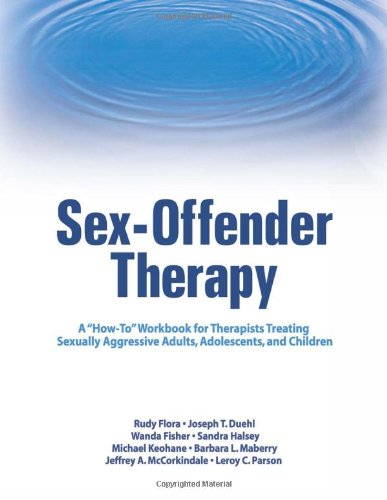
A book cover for Sex-Offender Therapy: A "How-To" Workbook for Therapists Treating Sexually Aggressive Adults, Adolescents, and Children (Haworth Series in Clinical Psychotherapy); Rudy Flora; Parenting & Relationships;